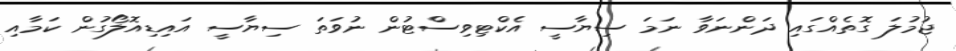
ޖުމުލަ ގޮތެއްގައި ދަންނަވާ ނަމަ ސިޔާސީ އެކްޓިވިސްޓުން ނުވަތަ ސިޔާސީ އައިޑިއޮލޯގުން ކަމާއި